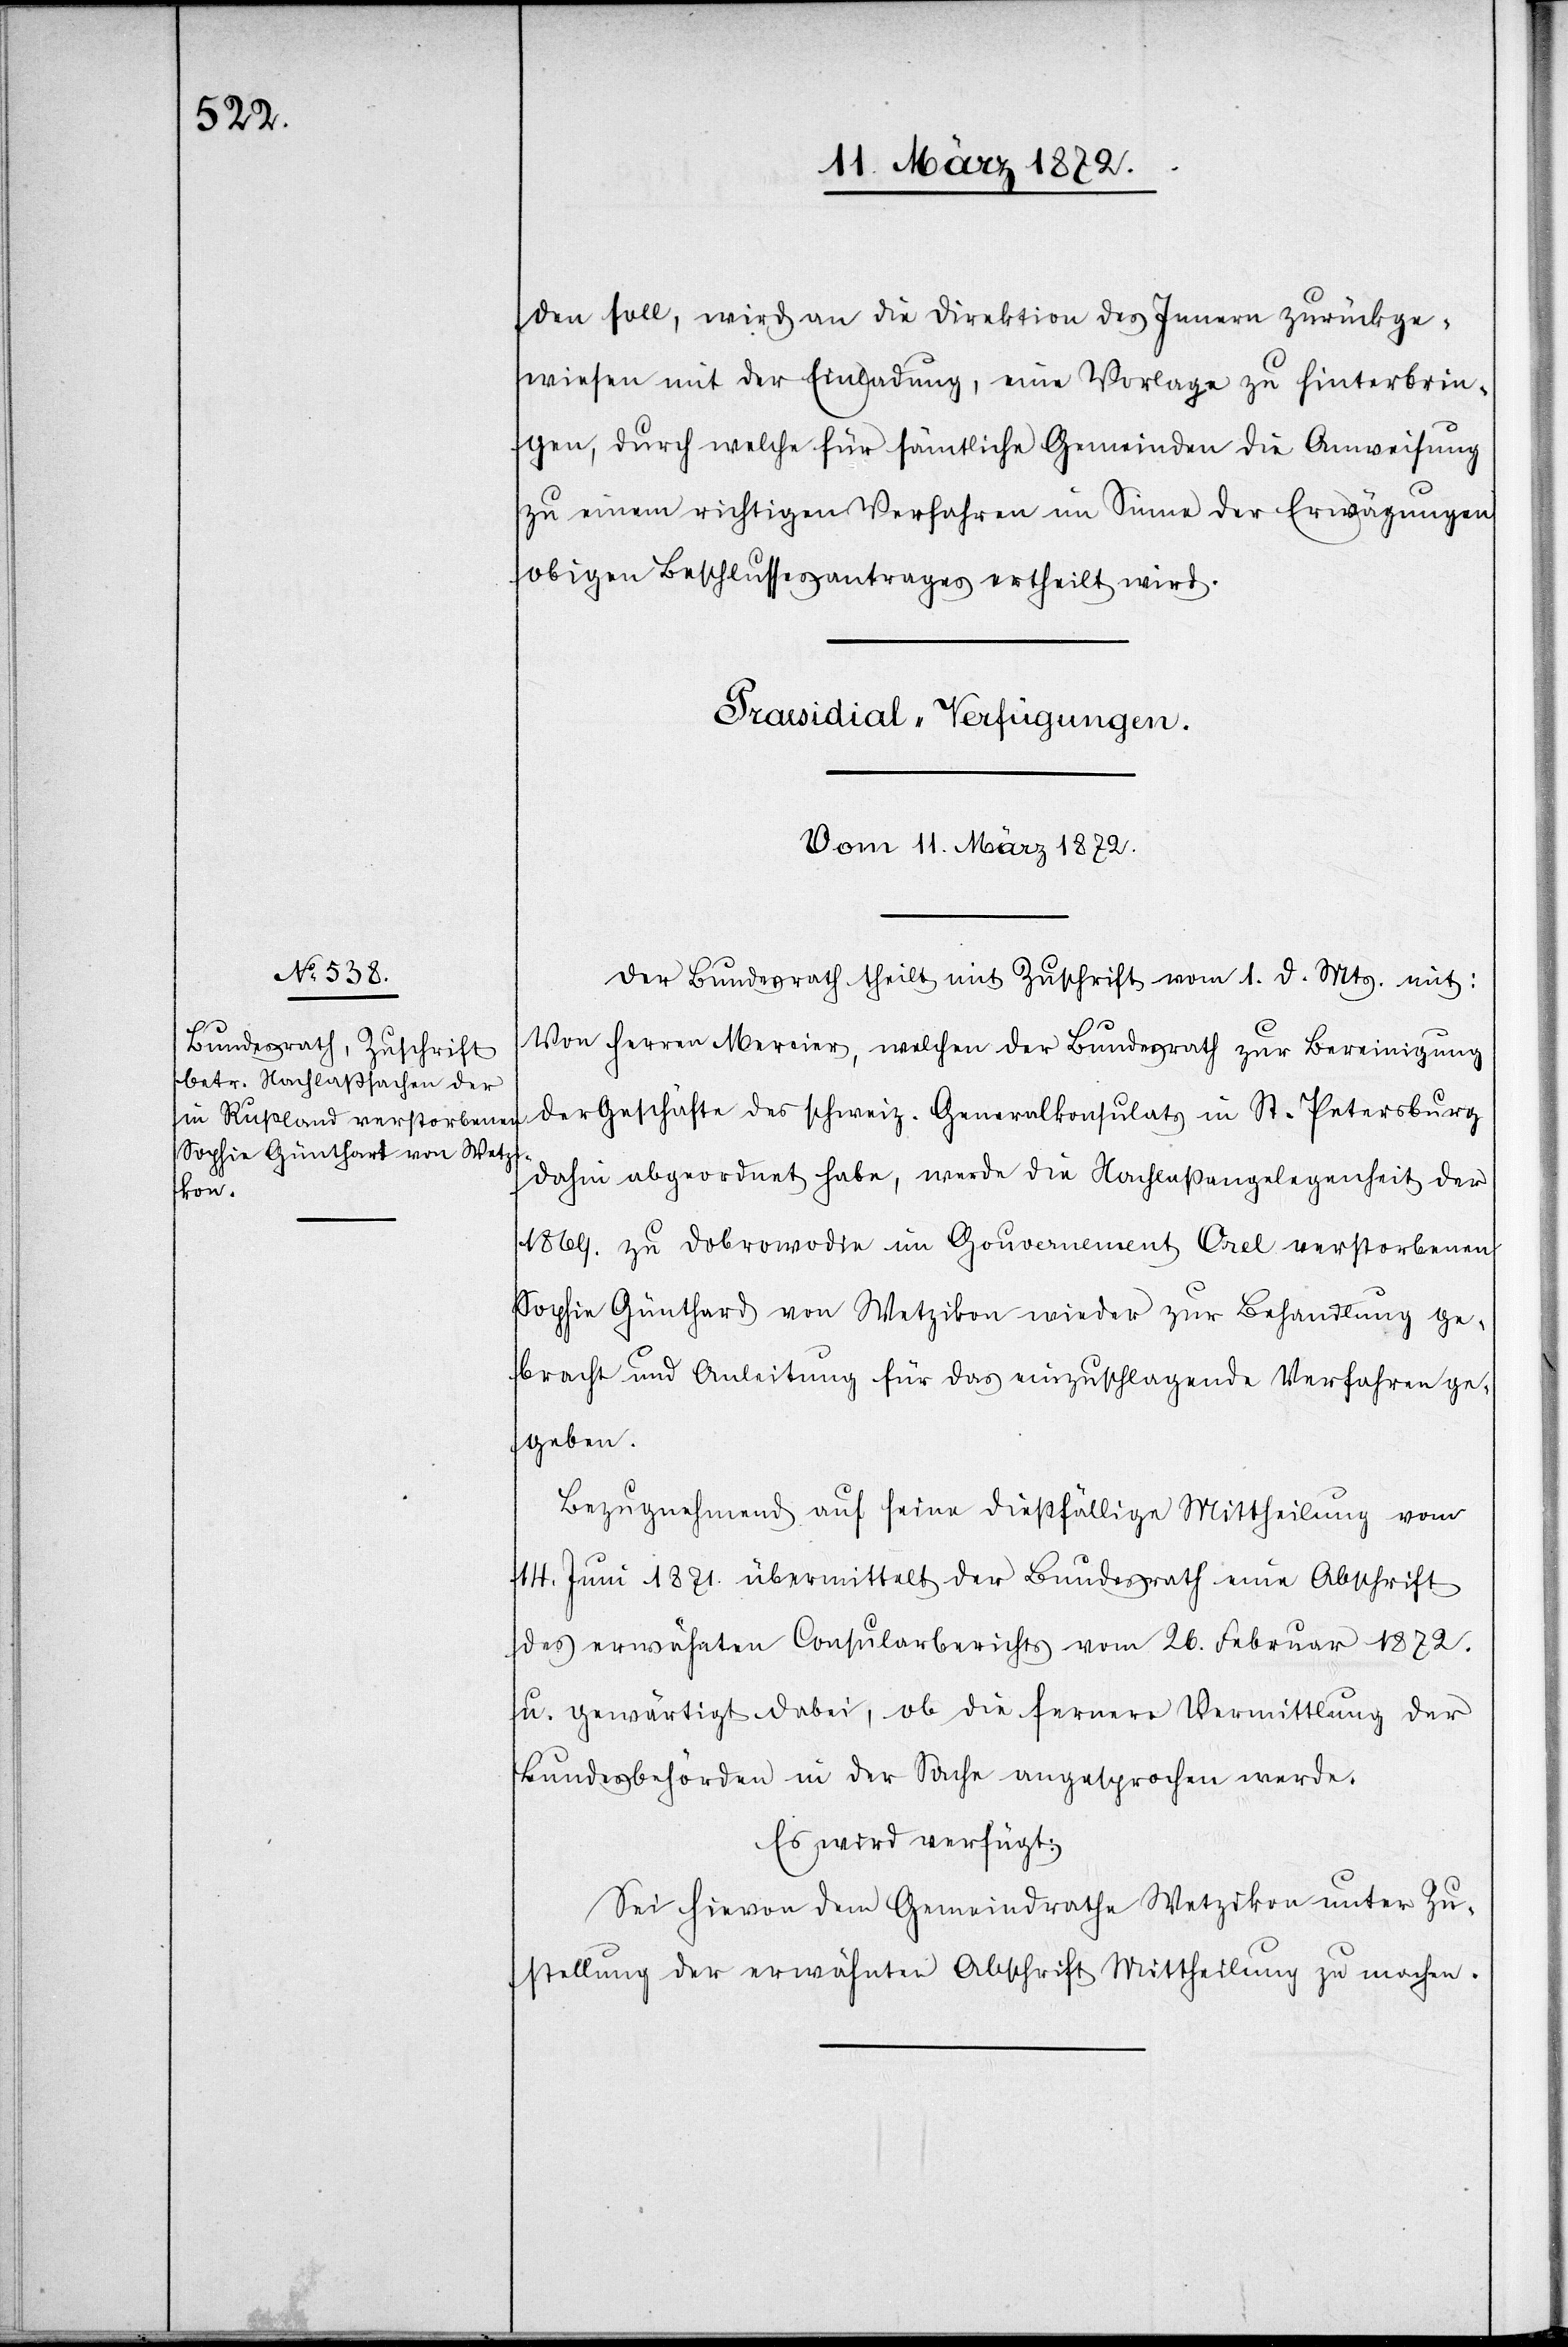
den soll, wird an die Direktion des Innern zurückge¬
wiesen mit der Einladung, eine Vorlage zu hinterbrin¬
gen, durch welche für sämtliche Gemeinden die Anweisung
zu einem richtigen Verfahren im Sinne der Erwägungen
obigen Beschlussesantrages ertheilt wird.
Praesidial-Verfügungen.
Vom 11. März 1872.
Der Bundesrath theilt mit Zuschrift vom 1. d. Mts. mit:
Von Herren Mercier, welchen der Bundesrath zur Bereinigung
der Geschäfte des schweiz. Generalkonsulats in St. Petersburg
dahin abgeordnet habe, werde die Nachlaßangelegenheit der
1869. zu Dobrowodie im Gouvernement Orel verstorbenen
Sophie Günthard von Wetzikon wieder zur Behandlung ge¬
bracht und Anleitung für das einzuschlagende Verfahren ge¬
geben.
Bezugnehmend auf seine dießfällige Mittheilung vom
14. Juni 1872. übermittelt der Bundesrath eine Abschrift
des erwähnten Consularberichts vom 26. Februar 1872.
u. gewärtigt dabei, ob die fernere Vermittlung der
Bundesbehörden in der Sache angesprochen werde.
Es wird verfügt:
Sei hievon dem Gemeindrathe Wetzikon unter Zu¬
stellung der erwähnten Abschrift Mittheilung zu machen.